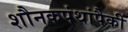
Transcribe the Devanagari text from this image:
शौनकपंथांपैकीं